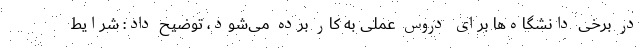
در برخی دانشگاه‌ها برای دروس عملی به کار برده می‌شود، توضیح داد: شرایط